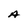
Character: A